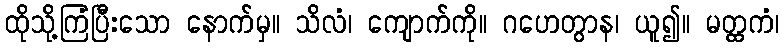
ထိုသို့ကြံပြီးသော နောက်မှ။ သိလံ၊ ကျောက်ကို။ ဂဟေတွာန၊ ယူ၍။ မတ္ထကံ၊